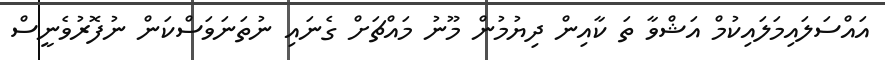
އައްސަލައިމަލައިކުމް އަޝްވާ ތަ ކާއިން ދިޔުމުން މޫނު މައްޗަށް ގެނައި ނުތަނަވަސްކަން ނުފޮރުވެނީސް